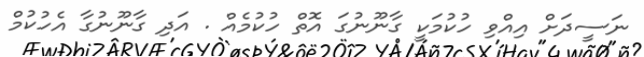
ނަސީދަށް އިއްވި ހުކުމަކީ ގާނޫނުގަ އޮތް ހުކުމެއް . އަދި ގާނޫނުގާ އެހުކުމް